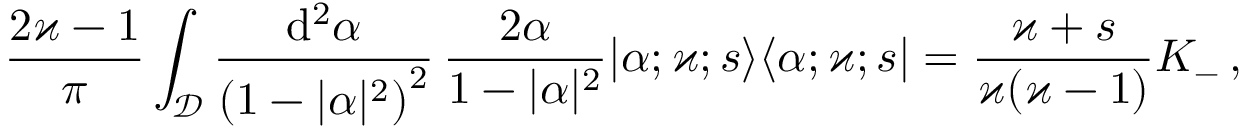
\frac { 2 \varkappa - 1 } { \pi } \int _ { \mathcal { D } } \frac { \mathrm { d } ^ { 2 } \alpha } { \left( 1 - \vert \alpha \vert ^ { 2 } \right) ^ { 2 } } \, \frac { 2 \alpha } { 1 - \vert \alpha \vert ^ { 2 } } | \alpha ; \varkappa ; s \rangle \langle \alpha ; \varkappa ; s | = \frac { \varkappa + s } { \varkappa ( \varkappa - 1 ) } K _ { - } \, ,